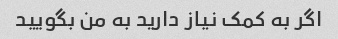
اگر به کمک نیاز دارید به من بگویید